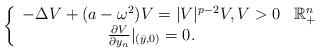
LaTeX: \begin{align*}\left\{ \begin{array}{cl}-\Delta V+(a-\omega^{2})V=|V|^{p-2}V,V>0 & \mathbb{R}_{+}^{n}\\\frac{\partial V}{\partial y_{n}}|_{(\bar{y},0)}=0.\end{array}\right.\end{align*}